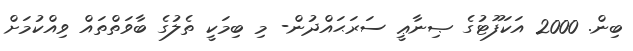
ބިން. 2000 އަކަފޫޓުގެ ޞިނާޢީ ސަރަޙައްދުން- މި ބިމަކީ ތެލުގެ ބާވަތްތައް ވިއްކުމަށްް